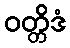
ဝတ္တိဒံ